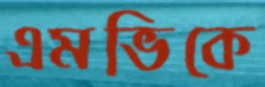
এমভিকে